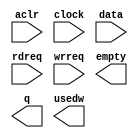
module exp_bash_fifo (
	aclr,
	clock,
	data,
	rdreq,
	wrreq,
	empty,
	q,
	usedw);

	input	  aclr;
	input	  clock;
	input	[63:0]  data;
	input	  rdreq;
	input	  wrreq;
	output	  empty;
	output	[63:0]  q;
	output	[6:0]  usedw;

endmodule